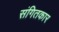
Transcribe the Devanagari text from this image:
संगितकार